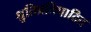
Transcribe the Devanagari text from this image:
श्रुतिप्रतिपादित